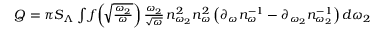
\begin{array} { r } { Q = \pi S _ { \Lambda } \int f \! \left( \! \sqrt { \frac { \omega _ { 2 } } { \omega } } \right) \frac { \omega _ { 2 } } { \sqrt { \omega } } \, n _ { \omega _ { 2 } } ^ { 2 } n _ { \omega } ^ { 2 } \left( \partial _ { \omega } n _ { \omega } ^ { - 1 } - \partial _ { \omega _ { 2 } } n _ { \omega _ { 2 } } ^ { - 1 } \right) d \omega _ { 2 } } \end{array}